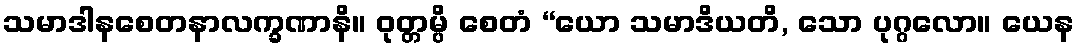
သမာဒါနစေတနာလက္ခဏာနိ။ ဝုတ္တမ္ပိ စေတံ “ယော သမာဒိယတိ, သော ပုဂ္ဂလော။ ယေန